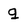
Character: q